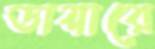
ডায়ারে